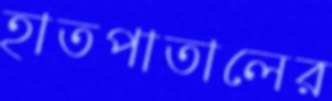
হাতপাতালের